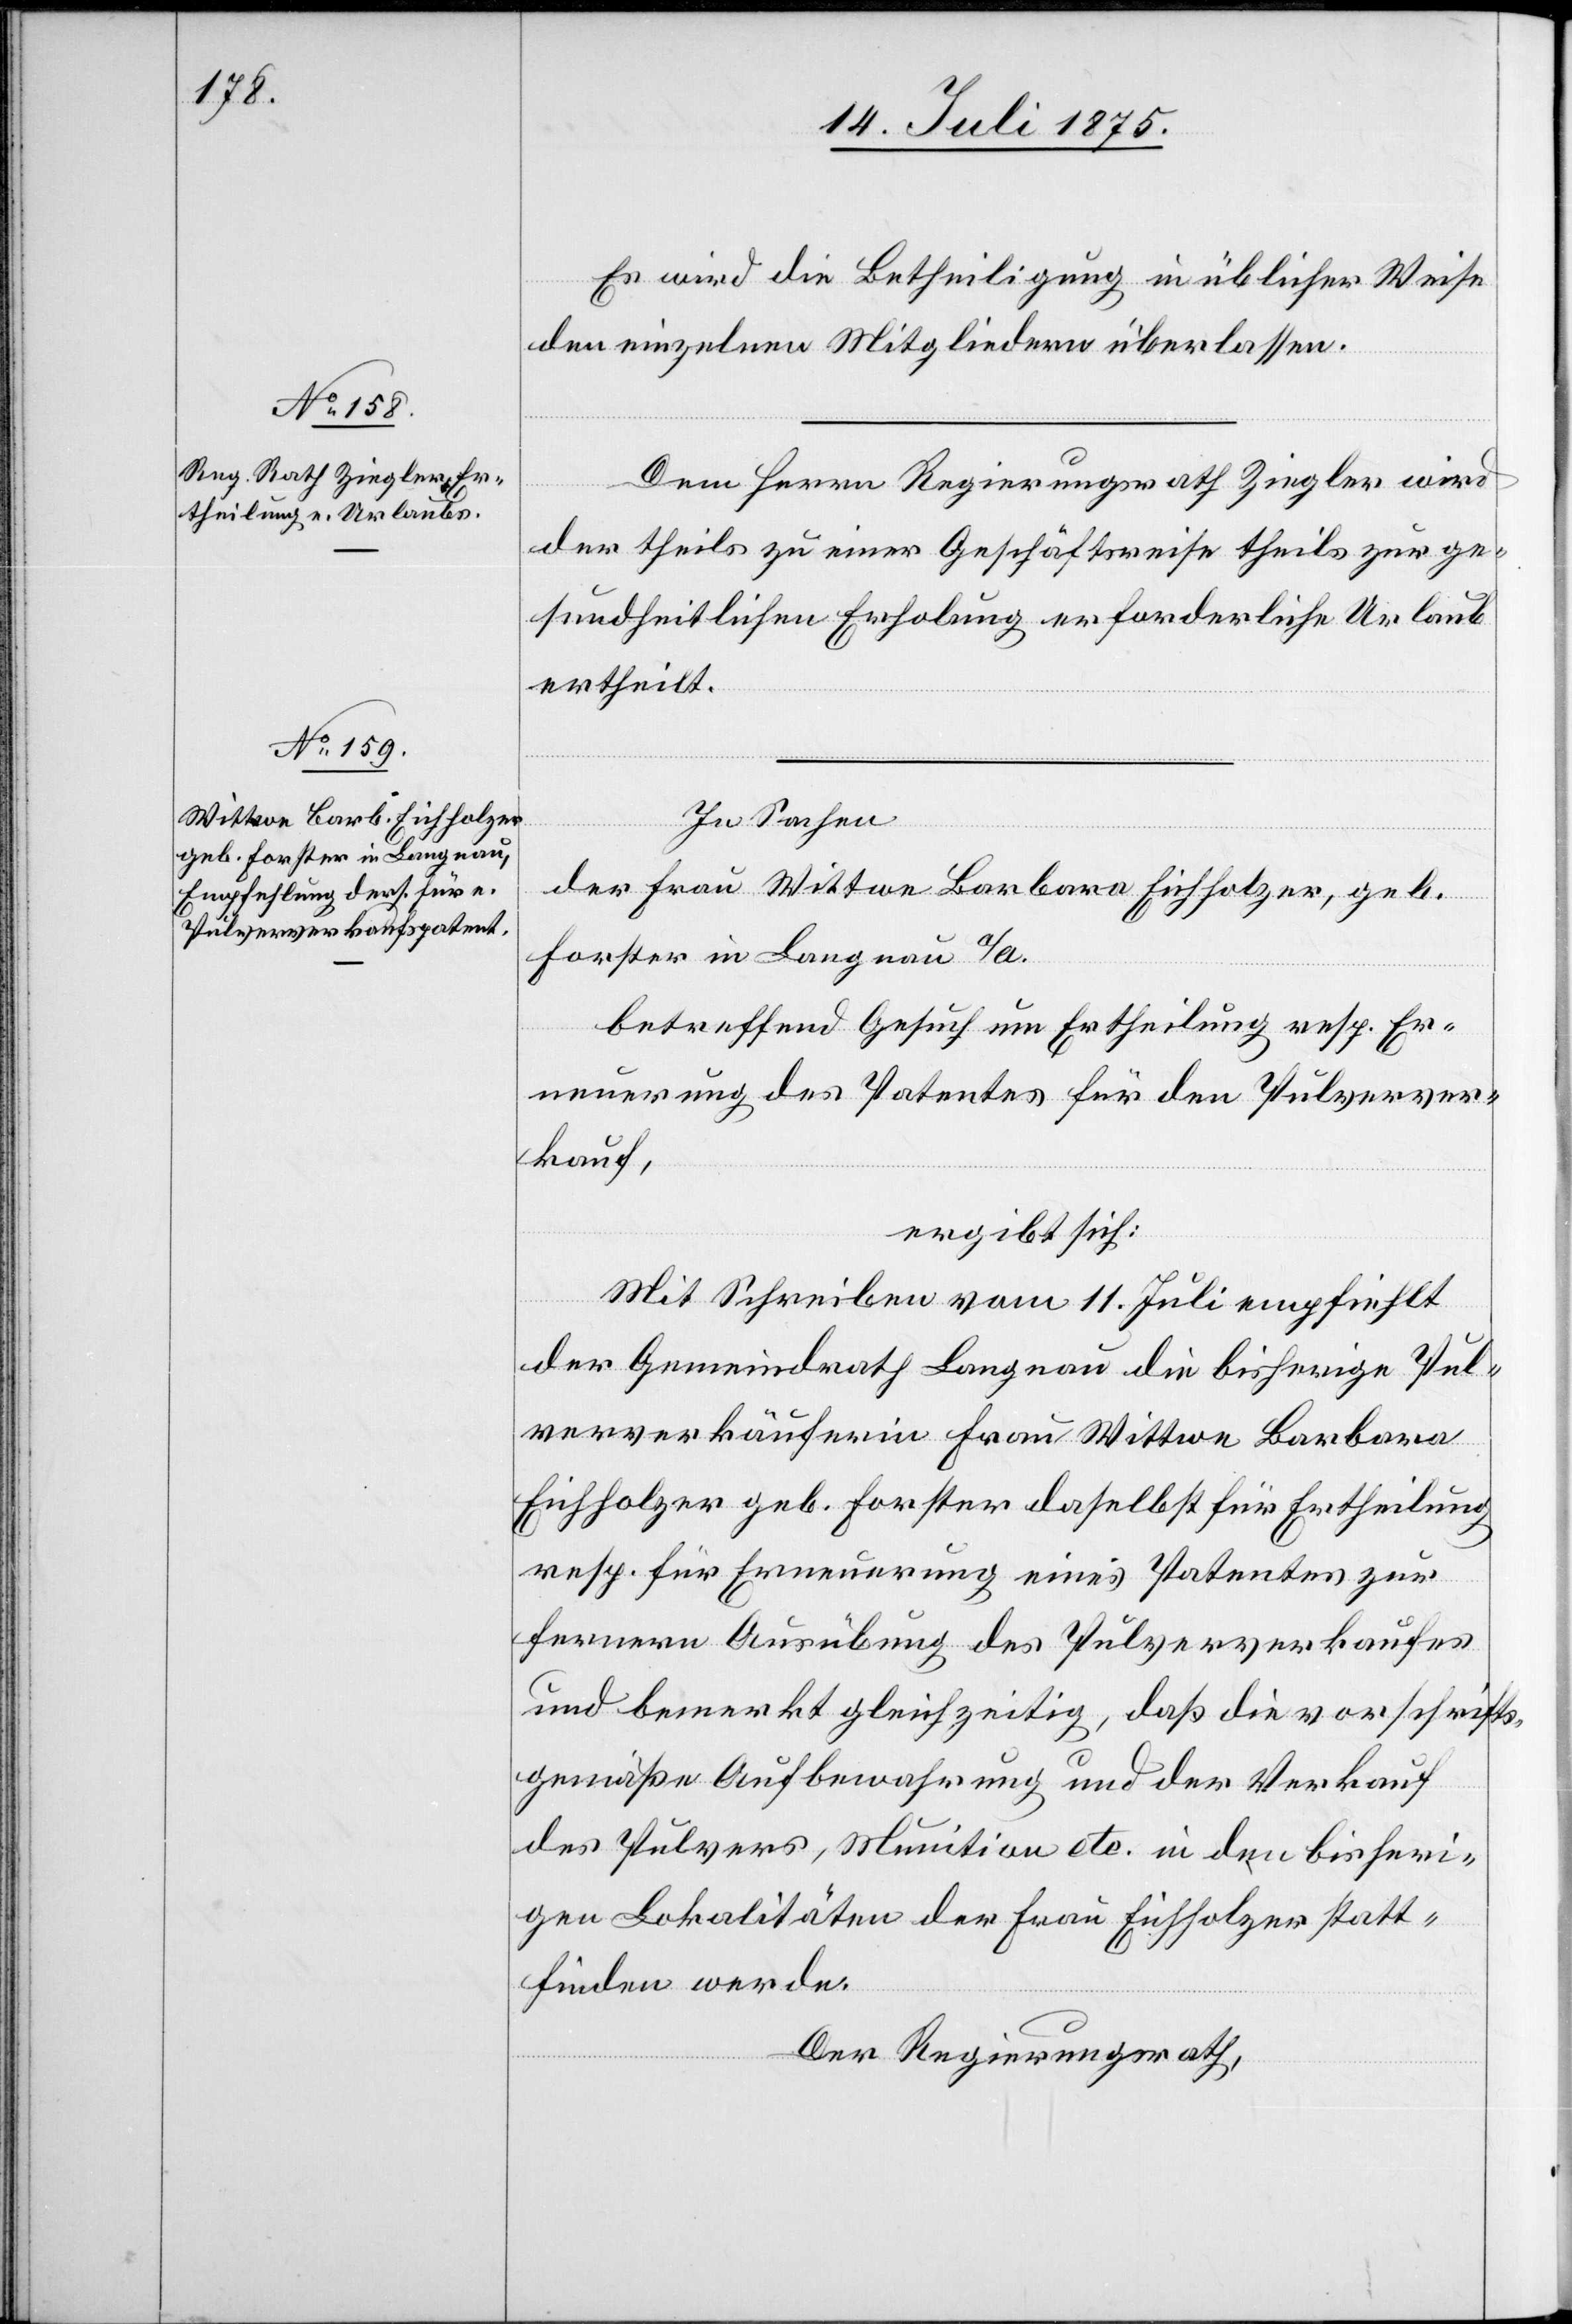
Es wird die Betheiligung in üblicher Wiese
den einzelnen Mitgliedern überlassen.
Dem Herrn Regierungsrath Ziegler wird
der theils zu einer Geschäftsreise theils zur ge¬
sundheitlichen Erholung erforderliche Urlaub
ertheilt.
In Sachen
der Frau Wittwe Barbara Eichholzer, geb.
Forster in Langnau a/A.
betreffend Gesuch um Ertheilung resp. Er¬
neuerung des Patentes für den Pulverver¬
kauf,
ergibt sich:
Mit Schreiben vom 11. Juli empfiehlt
der Gemeindrath Langnau die bisherige Pul¬
ververkäuferin Frau Wittwe Barbara
Eichholzer geb. Forster daselbst für Ertheilung
resp. für Erneuerung eines Patentes zur
fernern Ausübung des Pulververkaufes
und bemerkt gleichzeitig, daß die vorschrift¬
gemäße Aufbewahrung und der Verkauf
des Pulvers, Munition etc. in den bisheri¬
gen Lokalitäten der Frau Eichholzer statt¬
finden werde.
Der Regierungsrath,